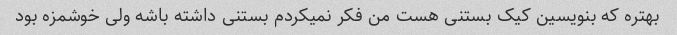
بهتره که بنویسین کیک بستنی هست من فکر نمیکردم بستنی داشته باشه ولی خوشمزه بود